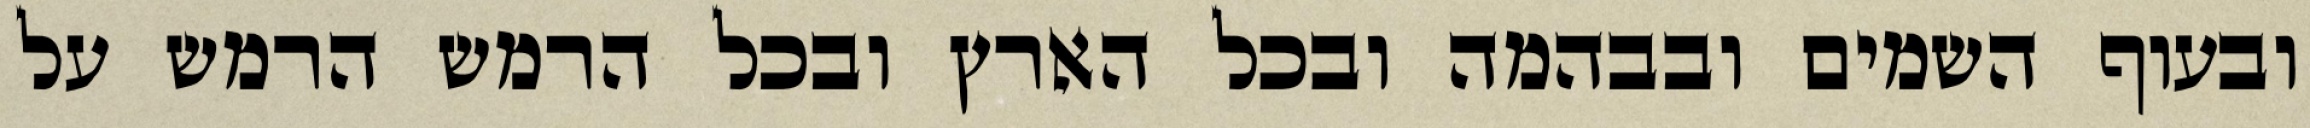
ובעוף השמים ובבהמה ובכל הארץ ובכל הרמש הרמש על